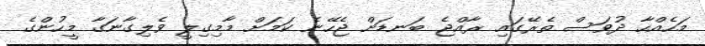
މަހެއްހާ ދުވަސް ތެރޭގައި ރާއްޖެ ބަނޑަށް ޖެހޭނެ ކަމަށް މާމިގިލީ ވެލިގާނަގާ މީހުންގެ